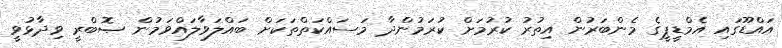
އައްޑޫގައި އެމްޑީޕީގެ މެންބަރުން އިތުރު ކުރުމަށް ކުރަމުންދާ މަސައްކަތްތަކަށް ބައްލަވާލައްވަމުން ޞޮބްރީ ވިދާޅުވީ